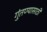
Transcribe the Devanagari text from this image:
गुंतण्यासाठी